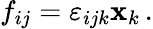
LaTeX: f_{ij}=\varepsilon_{ijk}\mathbf{x}_{k}\, .